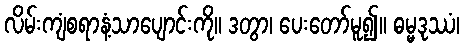
လိမ်းကျံစရာနံ့သာပျောင်းကို။ ဒတွာ၊ ပေးတော်မူ၍။ ဓမ္မဒုဿံ၊